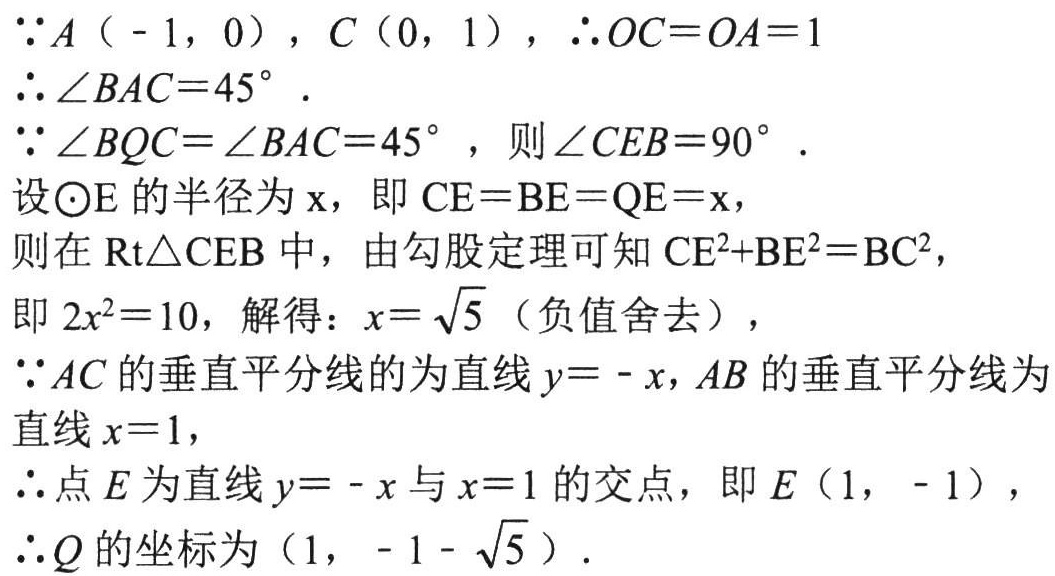
\(\because A(-1,0)\)，\(C(0,1)\)，\(\therefore OC = OA = 1\)
\(\therefore\angle BAC = 45^{\circ}\).
\(\because\angle BQC=\angle BAC = 45^{\circ}\)，则\(\angle CEB = 90^{\circ}\).
设\(\odot E\)的半径为\(x\)，即\(CE = BE = QE = x\)，
则在\(\text{Rt}\triangle CEB\)中，由勾股定理可知\(CE^{2}+BE^{2}=BC^{2}\)，
即\(2x^{2}=10\)，解得：\(x = \sqrt{5}\)（负值舍去），
\(\because AC\)的垂直平分线的为直线\(y=-x\)，\(AB\)的垂直平分线为直线\(x = 1\)，
\(\therefore\)点\(E\)为直线\(y=-x\)与\(x = 1\)的交点，即\(E(1,-1)\)，
\(\therefore Q\)的坐标为\((1,-1 - \sqrt{5})\).